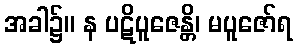
အခါ၌။ န ပဋိပူဇေန္တိ၊ မပူဇော်ရ